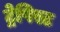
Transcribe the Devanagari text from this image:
ट्रेपिस्ट